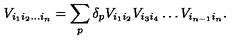
V _ { i _ { 1 } i _ { 2 } \ldots i _ { n } } = \sum _ { p } \delta _ { p } V _ { i _ { 1 } i _ { 2 } } V _ { i _ { 3 } i _ { 4 } } \ldots V _ { i _ { n - 1 } i _ { n } } .